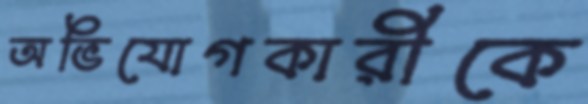
অভিযোগকারীকে